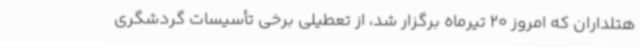
هتلداران که امروز 20 تیرماه برگزار شد، از تعطیلی برخی تأسیسات گردشگری